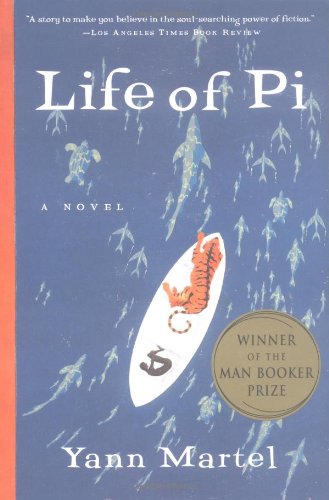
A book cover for Life of Pi; Yann Martel; Mystery, Thriller & Suspense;